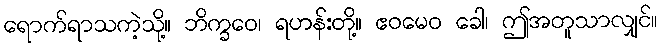
ရောက်ရာသကဲ့သို့။ ဘိက္ခဝေ၊ ရဟန်းတို့။ ဧဝမေဝ ခေါ၊ ဤအတူသာလျှင်။